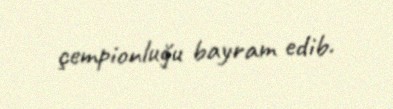
çempionluğu bayram edib.